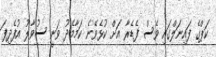
ކަޕްގެ ފައިނަލްގައި ވެސް ފެޑެރާ އަށް ކުޅެވޭނެ ކަމާމެދު ވަނީ ސުވާލު އުފެދިފަ